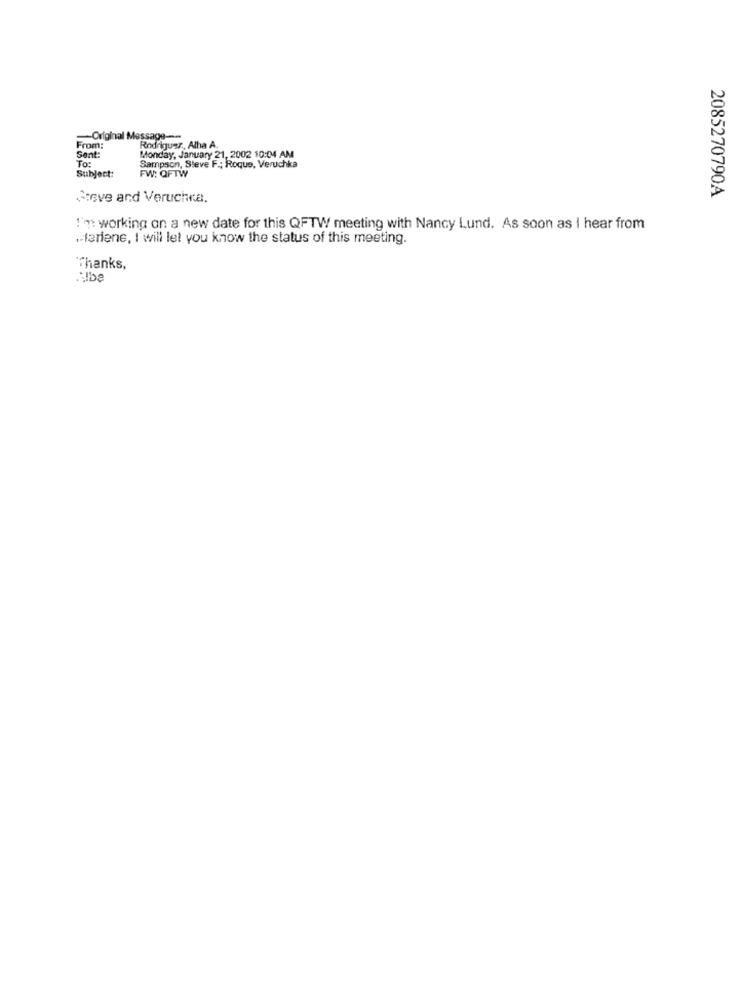
Original Message ---
From:
Rodriguez, Atha A.
Sent:
To:
Monday, January 21, 2002 10:04 AM
Subject:
Sampson, Steve F .; Roque, Veruchka
FW: QFTW
2085270790A
Greve and Veruchra.
I'm working on a new date for this QFTW meeting with Nancy Lund. As soon as I hear from
.- fariene, I will let you know the status of this meeting.
Thanks,
Albe